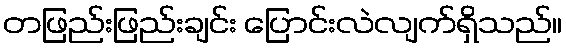
တဖြည်းဖြည်းချင်း ပြောင်းလဲလျက်ရှိသည်။